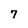
Character: 7